Vaccination in Bombay 1924-1928 - 1924-1928
Year: 1924
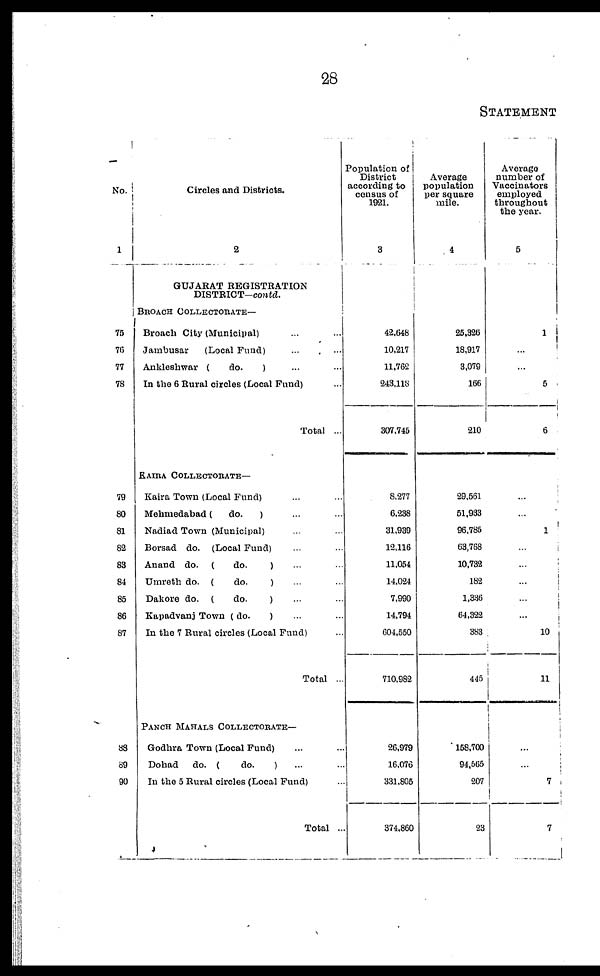
28
STATEMENT
No.
1
75
76
77
78
79
80
81
82
83
84
85
86
87
88
89
90
Circles and Districts.
2
GUJARAT REGISTRATION
DISTRICT—contd.
BROACH COLLECTORATE—
Broach City (Municipal) ... ...
Jambusar
(Local Fund) ... ...
Ankleshwar (
do.
) ... ...
In the 6 Rural circles (Local Fund) ...
Total ...
KAIRA COLLECTORATE—
Kaira Town (Local Fund) ... ...
Mehmedabad (
do.
) ... ...
Nadiad Town (Municipal) ... ...
Borsad do. (Local Fund) ... ...
Anand do. (
do.
) ... ...
Umreth do. (
do.
) ... ...
Dakore do. (
do.
) ... ...
Kapadvanj Town ( do.
) ... ...
In the 7 Rural circles (Local Fund) ...
Total ...
PANCH MAHALS COLLECTORATE—
Godhra Town (Local Fund) ... ...
Dobad
do. (
do.
) ... ...
In the 5 Rural circles (Local Fund) ...
Total ..
Population of
District
according to
census of
1921.
3
42,648
10,217
11,762
243,113
307,745
8,277
6,238
31,939
12,116
11,054
14,024
7,990
14,794
604,550
710,982
26,979
16,076
331,805
374,860
Average
population
per square
mile.
4
25,326
18,917
3,079
166
210
29,561
51,933
96,785
63,768
10,732
182
1,336
64,322
383
445
158,700
94,565
207
23
Average
number of
Vaccinators
employed
throughout
the year.
5
1
...
...
5
6
...
...
1
...
...
...
...
...
10
11
...
...
7
7